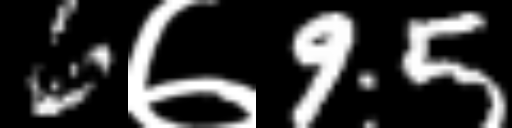
Text: 6७95